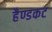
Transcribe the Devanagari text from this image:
हैण्डकट